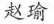
赵瑜